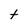
Character: t